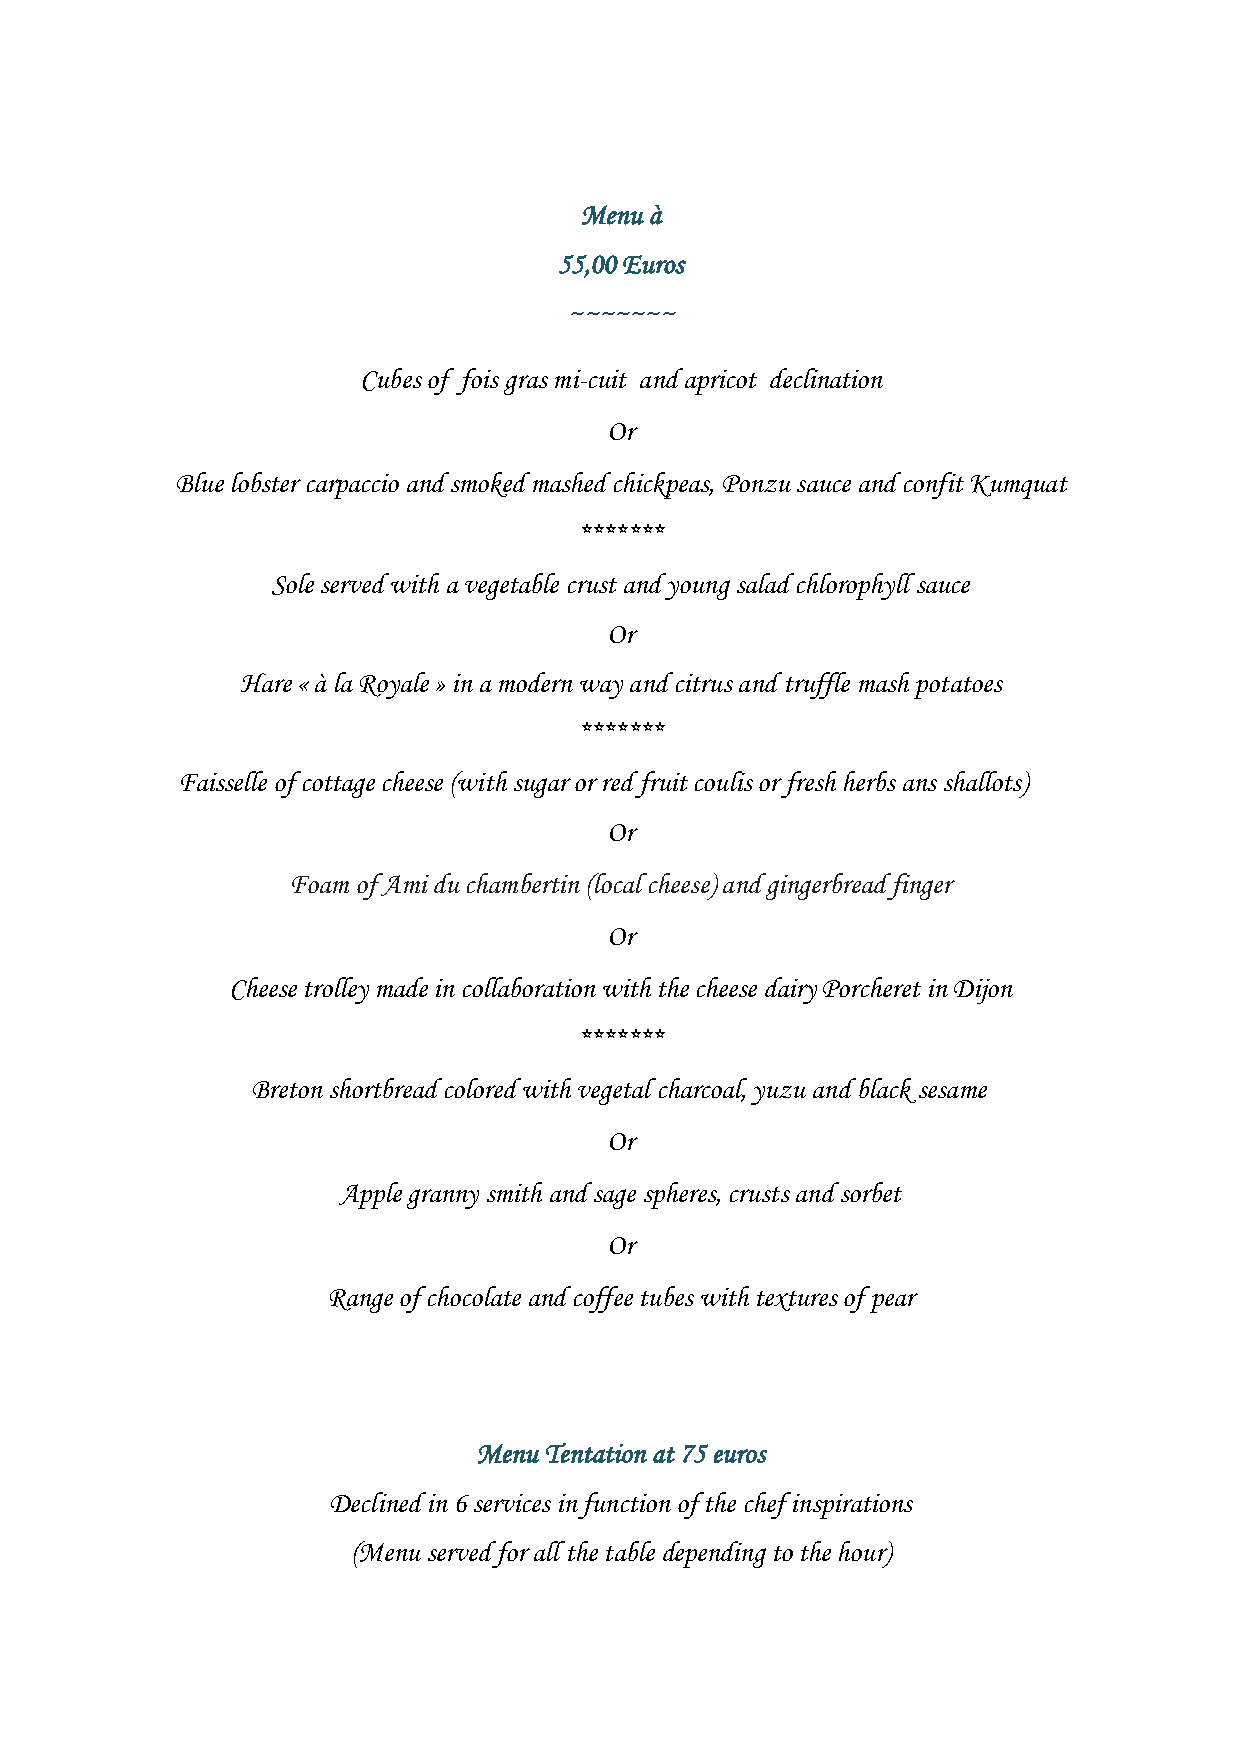
Menu à
 55,00 Euros
 ~~~~~~~
 Cubes of fois gras mi-cuit and apricot declination
 Or
 Blue lobster carpaccio and smoked mashed chickpeas, Ponzu sauce and confit Kumquat
 *******
 Sole served with a vegetable crust and young salad chlorophyll sauce
 Or
 Hare « à la Royale » in a modern way and citrus and truffle mash potatoes
 *******
 Faisselle of cottage cheese (with sugar or red fruit coulis or fresh herbs ans shallots)
 Or
 Foam of Ami du chambertin (local cheese) and gingerbread finger
 Or
 Cheese trolley made in collaboration with the cheese dairy Porcheret in Dijon
 *******
 Breton shortbread colored with vegetal charcoal, yuzu and black sesame
 Or
 Apple granny smith and sage spheres, crusts and sorbet
 Or
 Range of chocolate and coffee tubes with textures of pear
 Menu Tentation at 75 euros
 Declined in 6 services in function of the chef inspirations
 (Menu served for all the table depending to the hour)